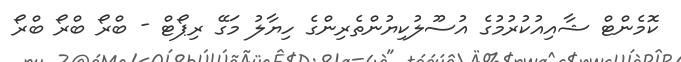
ކޮމެންޓް ޝާއިއުކުރުމުގެ އުސޫލުކިޔުންތެރިންގެ ހިޔާލު މަގޭ ރިޕޯޓް - ބްރޯ ބްރޯ ބްރޯ